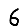
Digit: 6